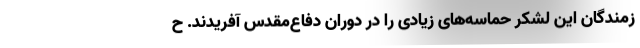
زمندگان این لشکر حماسه‌های زیادی را در دوران دفاع‌مقدس آفریدند. ح